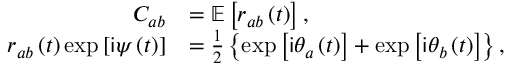
\begin{array} { r l } { C _ { a b } } & { = \mathbb { E } \left[ r _ { a b } \left( t \right) \right] , } \\ { r _ { a b } \left( t \right) \exp \left[ \mathsf { i } \psi \left( t \right) \right] } & { = \frac { 1 } { 2 } \left\{ \exp \left[ \mathsf { i } \theta _ { a } \left( t \right) \right] + \exp \left[ \mathsf { i } \theta _ { b } \left( t \right) \right] \right\} , } \end{array}